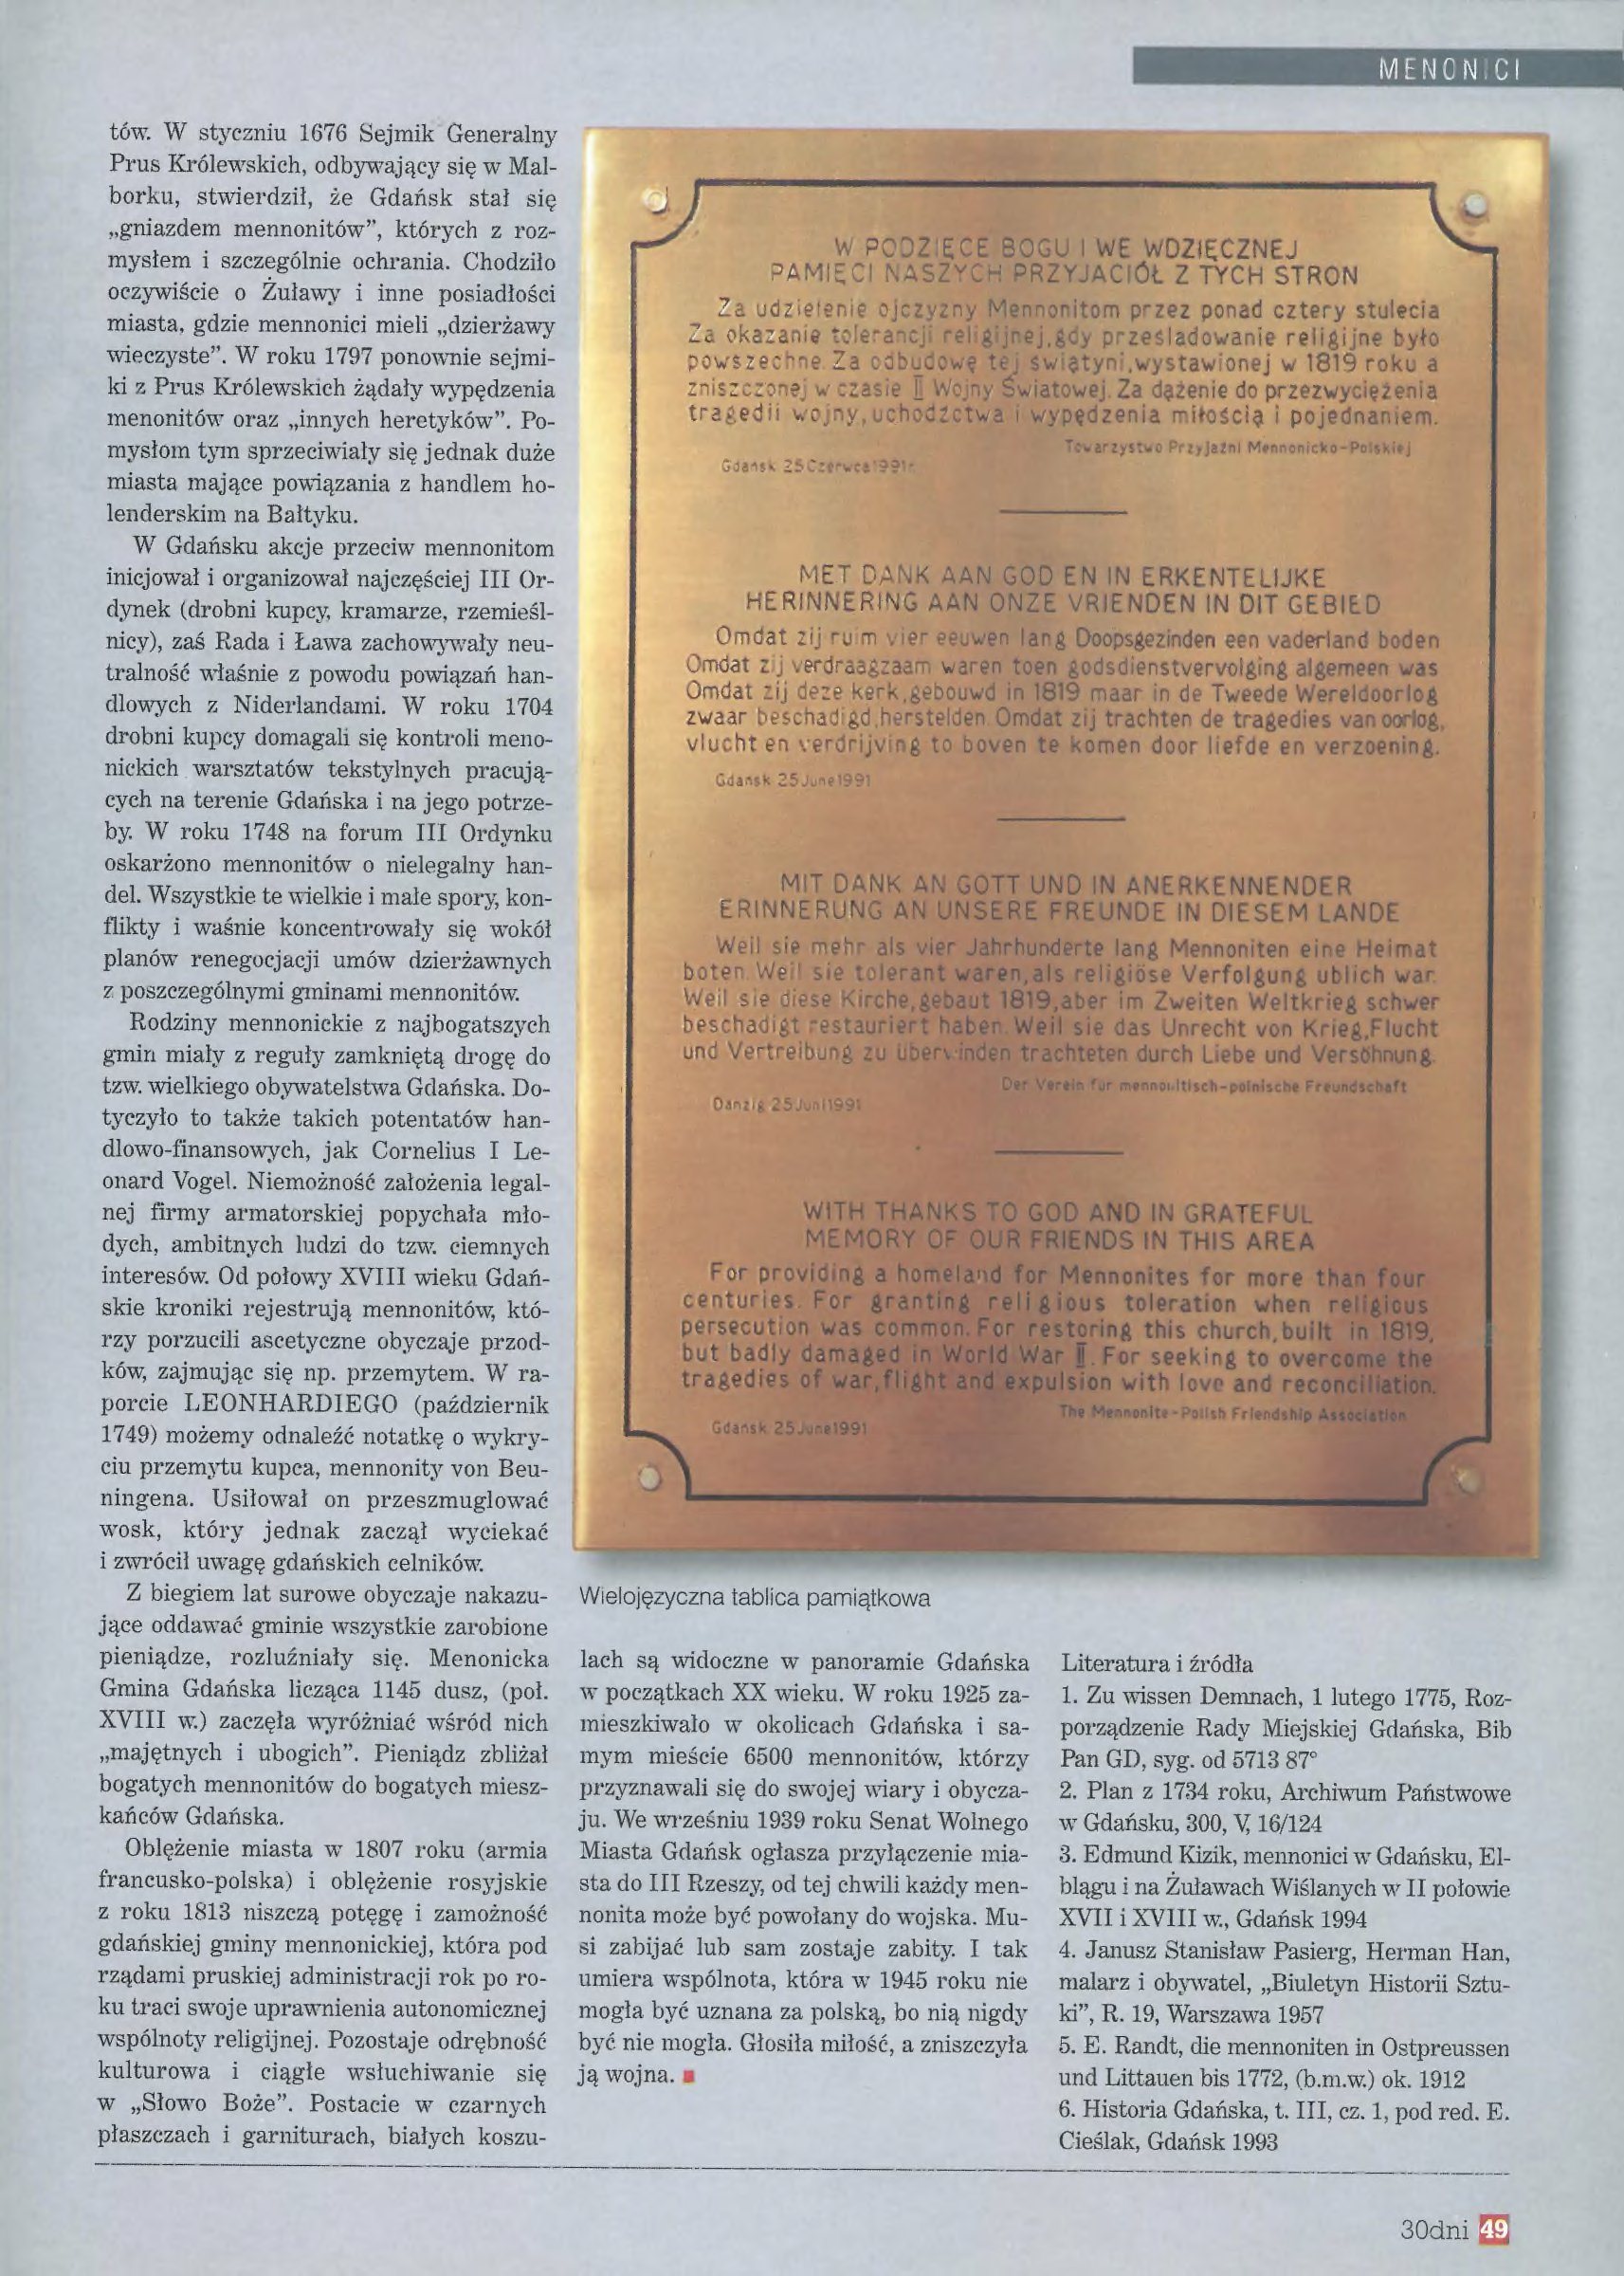
Language: pl